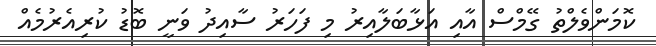
ކޮމަންވެލްތު ގޭމްސް އާއި އަޅާބަލާއިރު މި ފަހަރު ސާއިދު ވަނީ ބޮޑު ކުރިއެރުމެއް